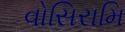
વોસિરામિ